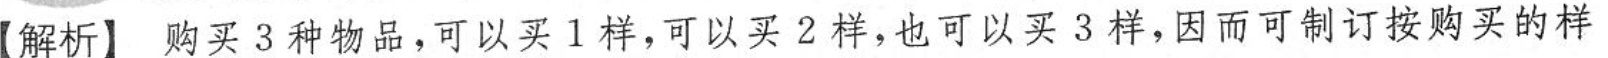
【解析】购买3种物品，可以买1样，可以买2样，也可以买3样，因而可制订按购买的样